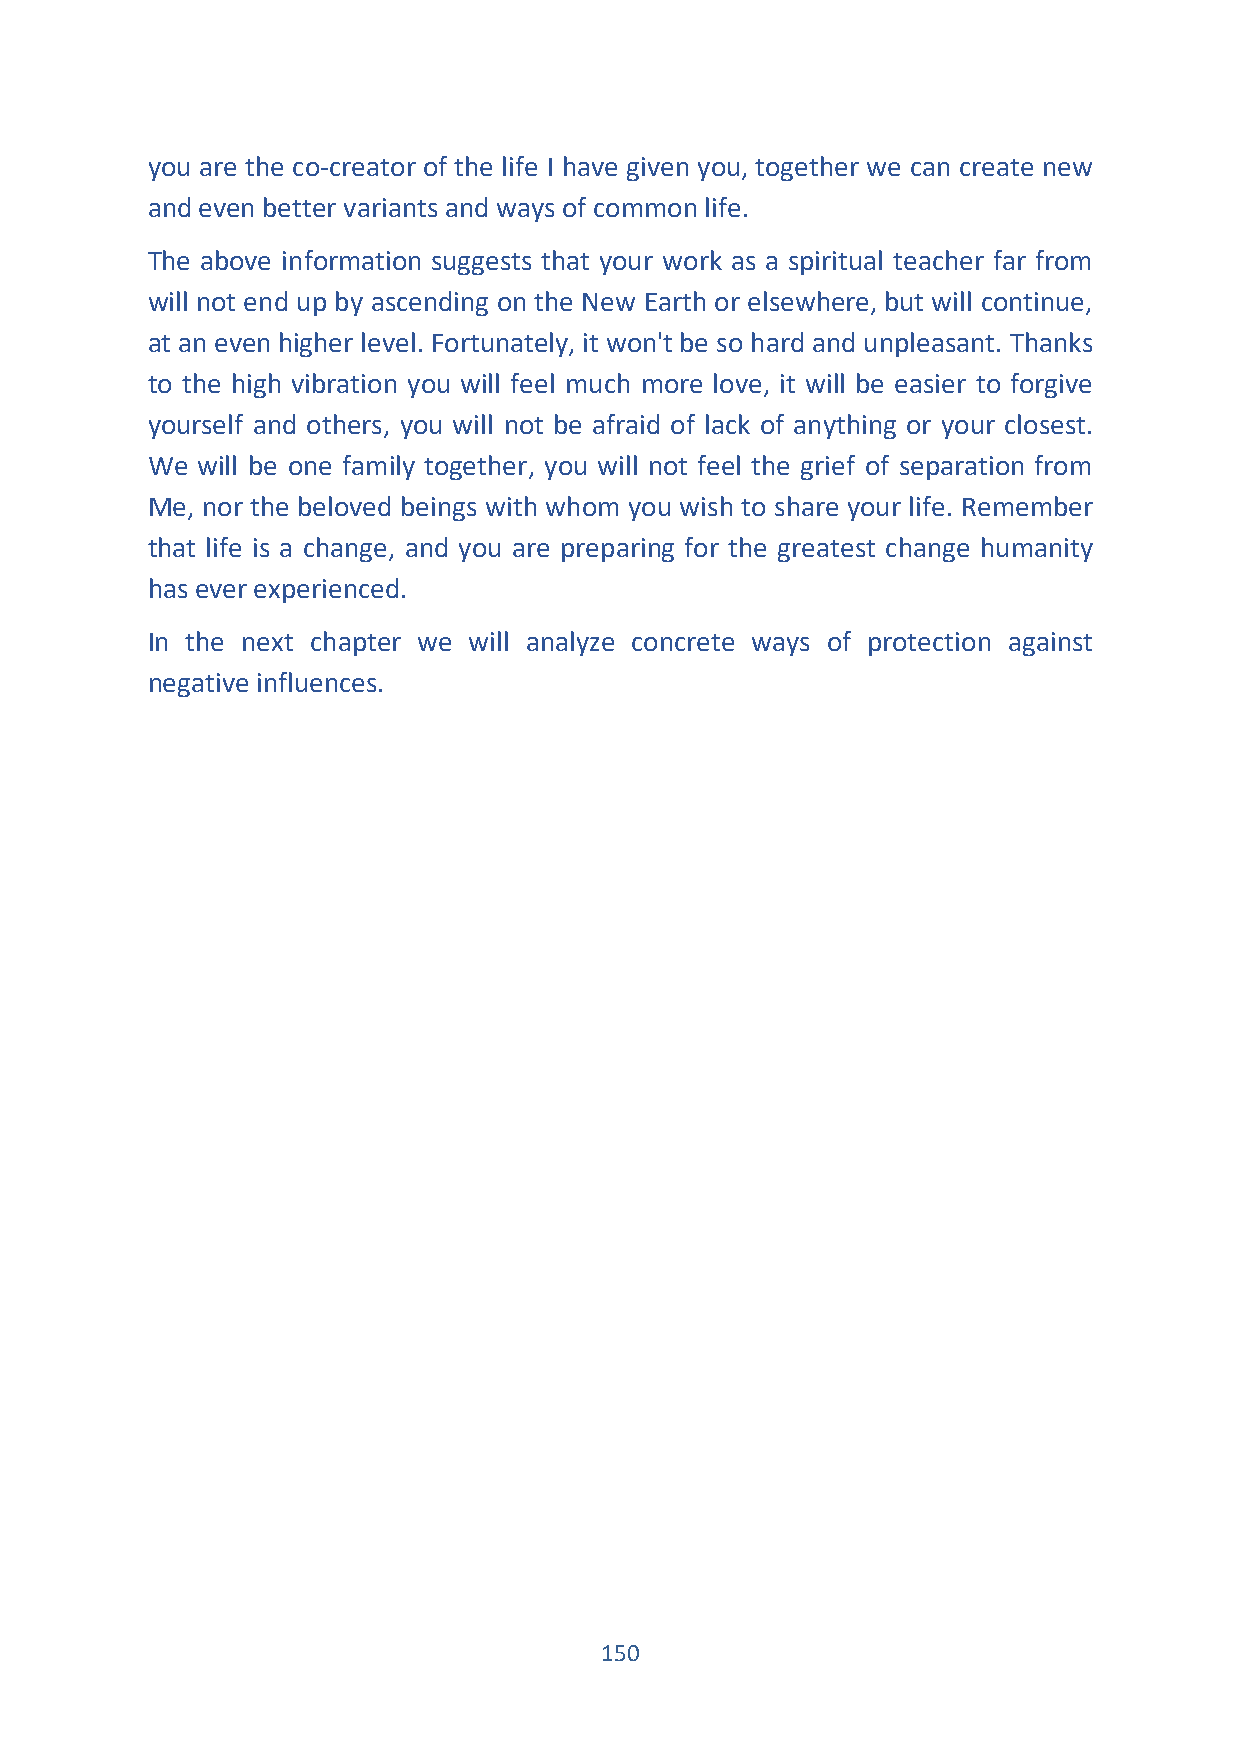
you are the co-creator of the life I have given you, together we can create new
 and even better variants and ways of common life.
 The above information suggests that your work as a spiritual teacher far from
 will not end up by ascending on the New Earth or elsewhere, but will continue,
 at an even higher level. Fortunately, it won't be so hard and unpleasant. Thanks
 to the high vibration you will feel much more love, it will be easier to forgive
 yourself and others, you will not be afraid of lack of anything or your closest.
 We will be one family together, you will not feel the grief of separation from
 Me, nor the beloved beings with whom you wish to share your life. Remember
 that life is a change, and you are preparing for the greatest change humanity
 has ever experienced.
 In the next chapter we will analyze concrete ways of protection against
 negative influences.
 150